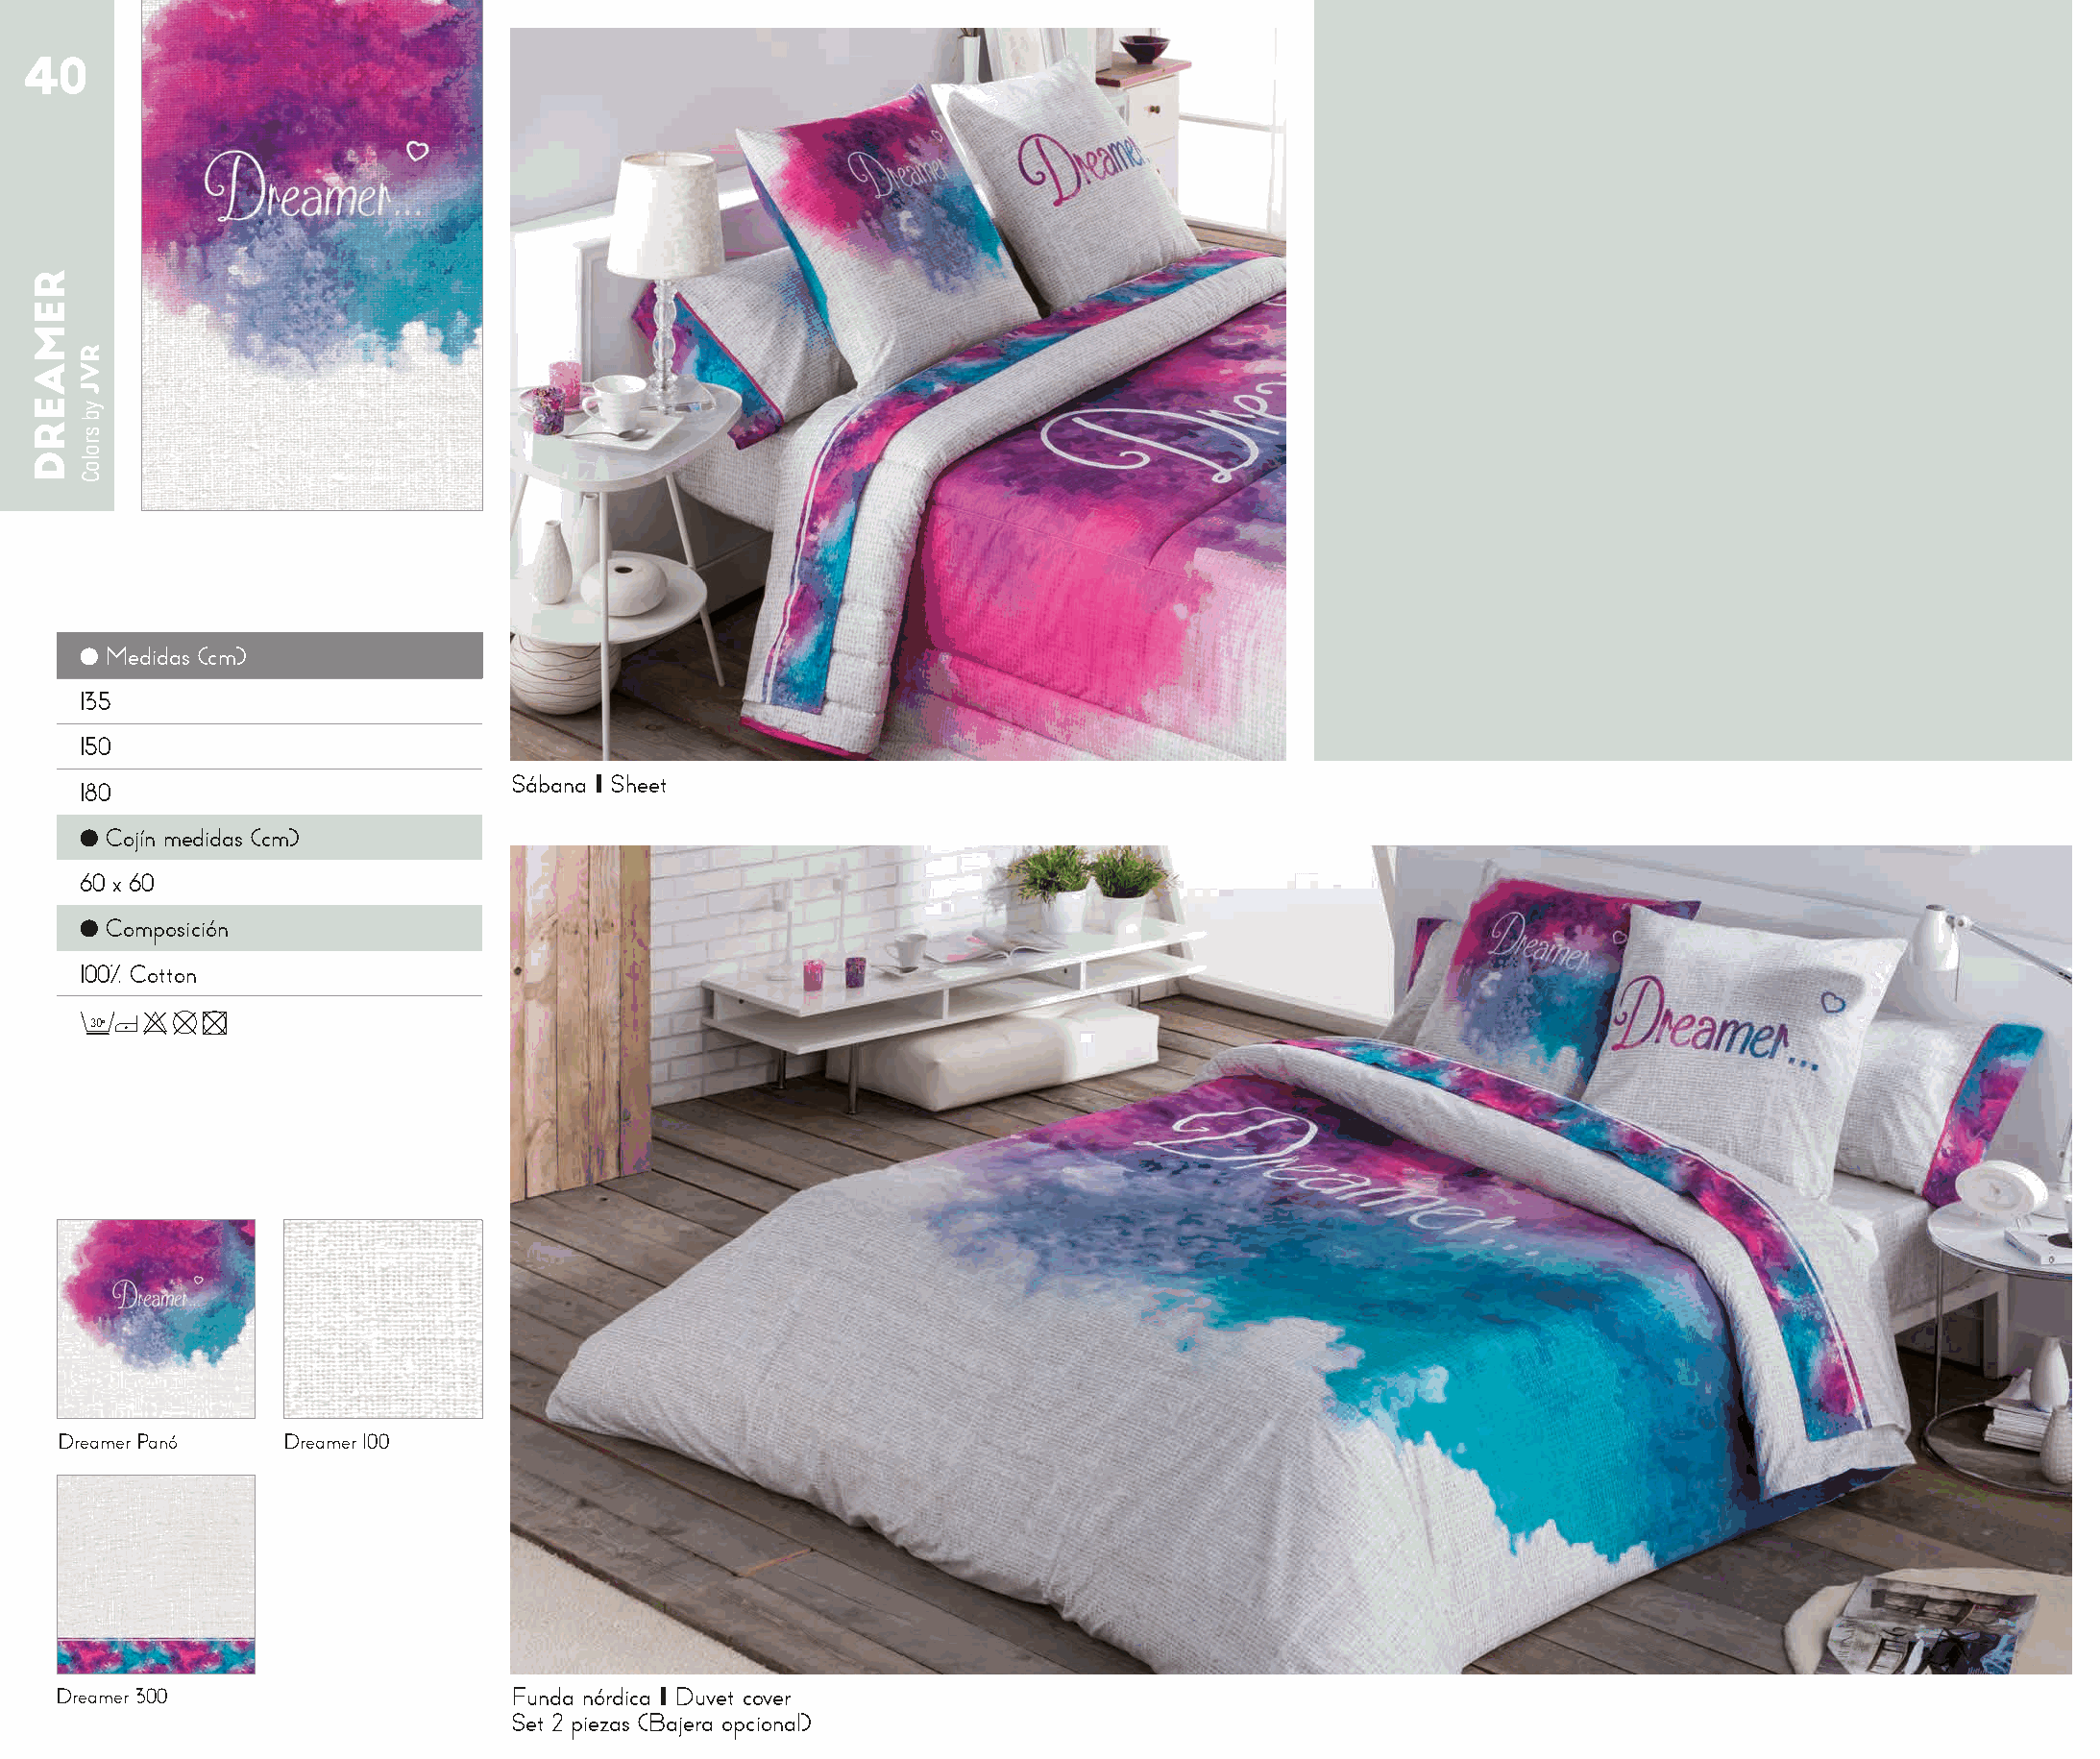
40
 ● Medidas (cm)
 135
 150
 Sábana I Sheet
 180
 ● Cojín medidas (cm)
 60 x 60
 ● Composición
 100% Cotton
 30o
 Dreamer Panó    Dreamer 100
 Dreamer 300                    Funda nórdica I Duvet cover
 Set 2 piezas (Bajera opcional)
 REMAERD
 RVJ
 yb
 sroloC